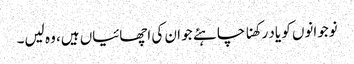
نوجوانوں کو یاد رکھنا چاہئے جو ان کی اچھائیاں ہیں، وہ لیں۔